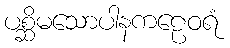
ပစ္ဆိမသောပါနကဠေဝရံ